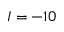
I = - 1 0